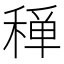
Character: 𥠐